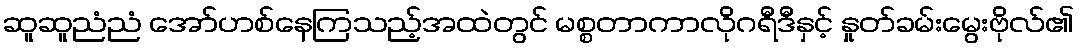
ဆူဆူညံညံ အော်ဟစ်နေကြသည့်အထဲတွင် မစ္စတာကာလိုဂရီဒီနှင့် နှုတ်ခမ်းမွေးဗိုလ်၏